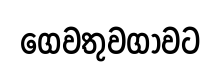
ගෙවතුවගාවට